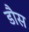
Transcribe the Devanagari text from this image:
डौस